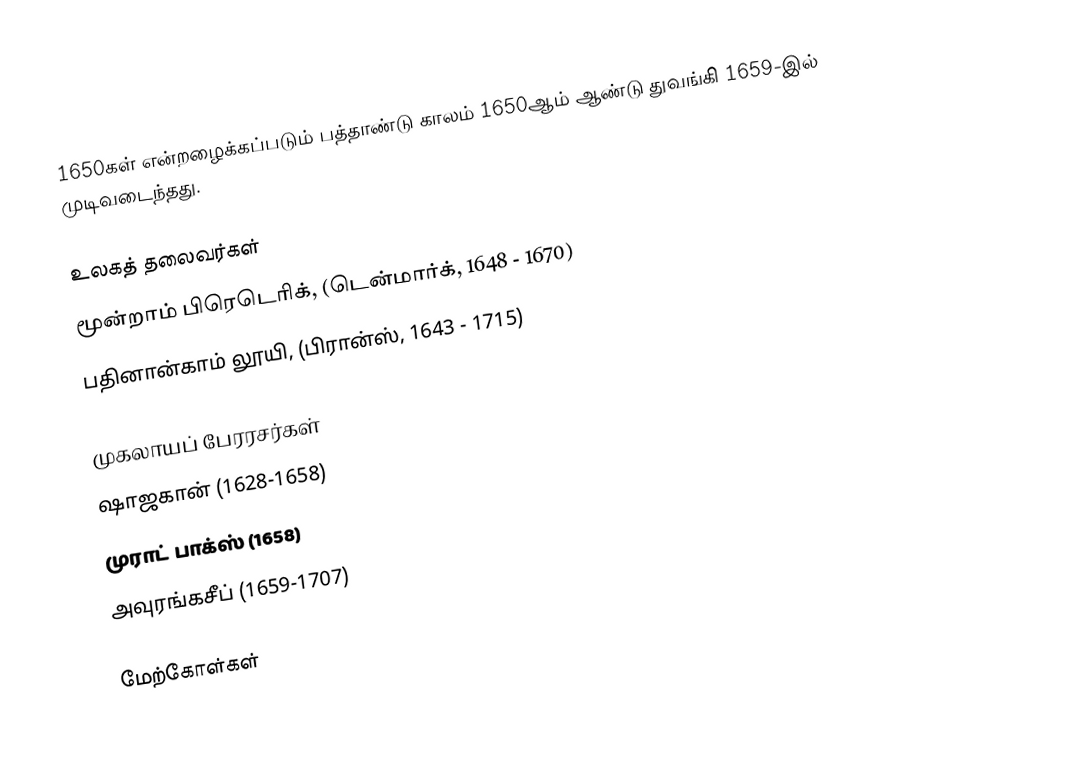
1650கள் என்றழைக்கப்படும் பத்தாண்டு காலம் 1650ஆம் ஆண்டு துவங்கி 1659-இல் முடிவடைந்தது.

உலகத் தலைவர்கள்
 மூன்றாம் பிரெடெரிக், (டென்மார்க், 1648 - 1670)
 பதினான்காம் லூயி, (பிரான்ஸ், 1643 - 1715)

முகலாயப் பேரரசர்கள்
 ஷாஜகான் (1628-1658)
 முராட் பாக்ஸ் (1658)
 அவுரங்கசீப் (1659-1707)

மேற்கோள்கள்